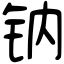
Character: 钠